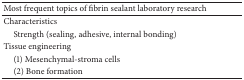
| Most frequent topics of fibrin sealant laboratory research |
 | --- |
 | Characteristics |
 | Strength (sealing, adhesive, internal bonding) |
 | Tissue engineering |
 | (1) Mesenchymal-stroma cells |
 | (2) Bone formation |